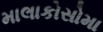
માલાકોસોમા